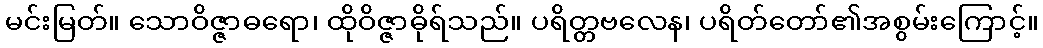
မင်းမြတ်။ သောဝိဇ္ဇာဓရော၊ ထိုဝိဇ္ဇာဓိုရ်သည်။ ပရိတ္တဗလေန၊ ပရိတ်တော်၏အစွမ်းကြောင့်။